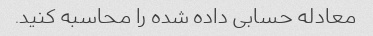
معادله حسابی داده شده را محاسبه کنید.